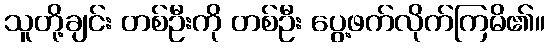
သူတို့ချင်း တစ်ဦးကို တစ်ဦး ပွေ့ဖက်လိုက်ကြမိ၏။